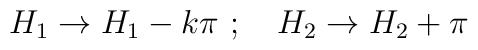
H_1 \rightarrow H_1 - k\pi~; ~~~H_2 \rightarrow H_2 + \pi